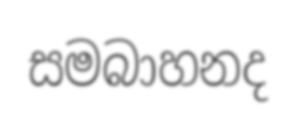
සමබාහනද